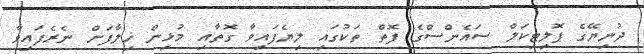
ދުނިޔޭގެ ޕޮލިޓިކަލް ސައެންސްގެ ފޮތް ތަކުގައި ލިޔެފައިވާ ގޮތާއި މުޅިން ޚިލާފަށް ނެރެފައިވާ